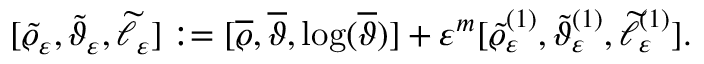
[ \widetilde { \varrho } _ { \varepsilon } , \widetilde { \vartheta } _ { \varepsilon } , \widetilde { \ell } _ { \varepsilon } ] : = [ \overline { { \varrho } } , \overline { { \vartheta } } , \log ( \overline { { \vartheta } } ) ] + \varepsilon ^ { m } [ \widetilde { \varrho } _ { \varepsilon } ^ { ( 1 ) } , \widetilde { \vartheta } _ { \varepsilon } ^ { ( 1 ) } , \widetilde { \ell } _ { \varepsilon } ^ { ( 1 ) } ] .